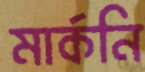
মার্কনি